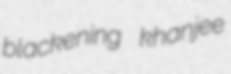
blackening khanjee